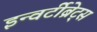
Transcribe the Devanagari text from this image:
इन्वर्टीब्रेट्स